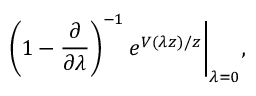
\left( 1 - \frac { \partial } { \partial \lambda } \right) ^ { - 1 } e ^ { V ( \lambda z ) / z } \Bigg \vert _ { \lambda = 0 } ,